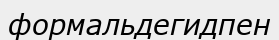
формальдегидпен